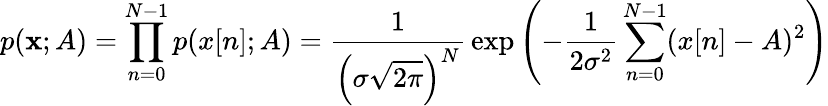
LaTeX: p(\mathbf{x};A)=\prod_{n=0}^{N-1}p(x[n];A)={\frac{1}{\left(\sigma{\sqrt{2\pi}}\right)^{N}}}\exp\left(-{\frac{1}{2\sigma^{2}}}\sum_{n=0}^{N-1}(x[n]-A)^{2}\right)